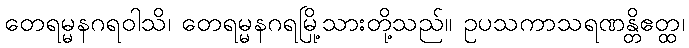
တေရမ္မနဂရဝါသိ၊ တေရမ္မနဂရမြို့သားတို့သည်။ ဥပသကာသရဏန္တိဧတ္ထ၊